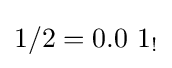
1/2=0.0\ 1_{!}